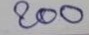
200